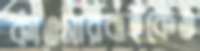
কাওসারবাইকেও